Civil Veterinary Department Bengal reports 1933-51 - 1933-1951
Year: 1933
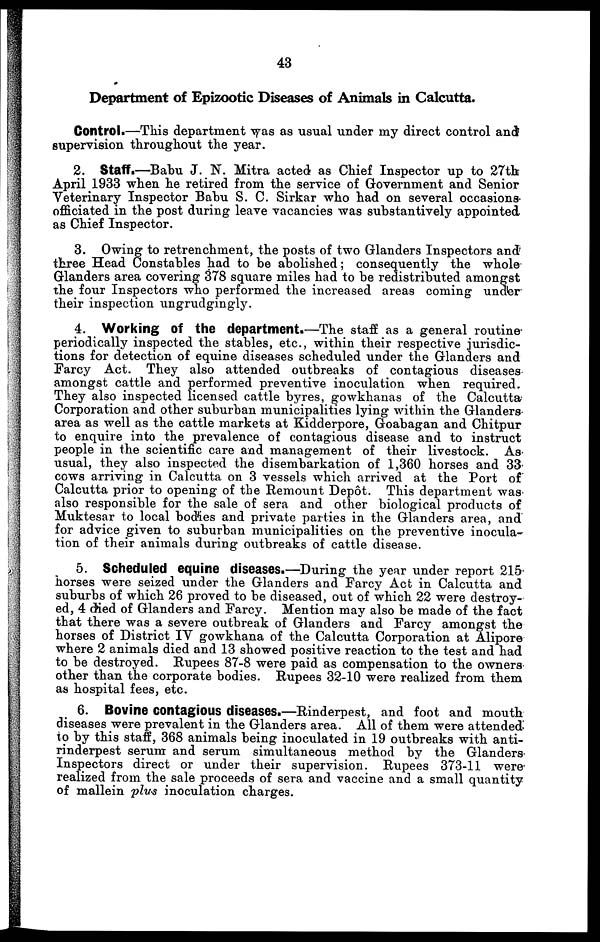
43
Department of Epizootic Diseases of Animals in Calcutta.
Control.—This department was as usual under my direct control and
supervision throughout the year.
2. Staff.—Babu J. N. Mitra acted as Chief Inspector up to 27th
April 1933 when he retired from the service of Government and Senior
Veterinary Inspector Babu S. C. Sirkar who had on several occasions
officiated in the post during leave vacancies was substantively appointed
as Chief Inspector.
3. Owing to retrenchment, the posts of two Glanders Inspectors and
three Head Constables had to be abolished ; consequently the whole
Glanders area covering 378 square miles had to be redistributed amongst
the four Inspectors who performed the increased areas coming under
their inspection ungrudgingly.
4. Working Of the department.—The staff as a general routine
periodically inspected the stables, etc., within their respective jurisdic-
tions for detection of equine diseases scheduled under the Glanders and
Farcy Act. They also attended outbreaks of contagious diseases
amongst cattle and performed preventive inoculation when required.
They also inspected licensed cattle byres, gowkhanas of the Calcutta
Corporation and other suburban municipalities lying within the Glanders
area as well as the cattle markets at Kidderpore, Goabagan and Chitpur
to enquire into the prevalence of contagious disease and to instruct
people in the scientific care and management of their livestock. As
usual, they also inspected the disembarkation of 1,360 horses and 33
cows arriving in Calcutta on 3 vessels which arrived at the Port of
Calcutta prior to opening of the Remount Depot. This department was
also responsible for the sale of sera and other biological products of
Muktesar to local bodies and private parties in the Glanders area, and
for advice given to suburban municipalities on the preventive inocula-
tion of their animals during outbreaks of cattle disease.
5. Scheduled equine diseases.—During the year under report 215
horses were seized under the Glanders and Farcy Act in Calcutta and
suburbs of which 26 proved to be diseased, out of which 22 were destroy-
ed, 4 died of Glanders and Farcy. Mention may also be made of the fact
that there was a severe outbreak of Glanders and Farcy amongst the
horses of District IV gowkhana of the Calcutta Corporation at Alipore
where 2 animals died and 13 showed positive reaction to the test and had
to be destroyed. Rupees 87-8 were paid as compensation to the owners
other than the corporate bodies. Rupees 32-10 were realized from them
as hospital fees, etc.
6. Bovine contagious diseases.—Rinderpest, and foot and mouth
diseases were prevalent in the Glanders area. All of them were attended
to by this staff, 368 animals being inoculated in 19 outbreaks with anti-
rinderpest serum and serum simultaneous method by the Glanders
Inspectors direct or under their supervision. Rupees 373-11 were
realized from the sale proceeds of sera and vaccine and a small quantity
of mallein plus inoculation charges.